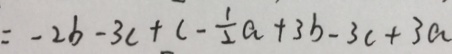
= - 2 b - 3 c + c - \frac { 1 } { 2 } a + 3 b - 3 c + 3 a